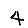
Digit: 4